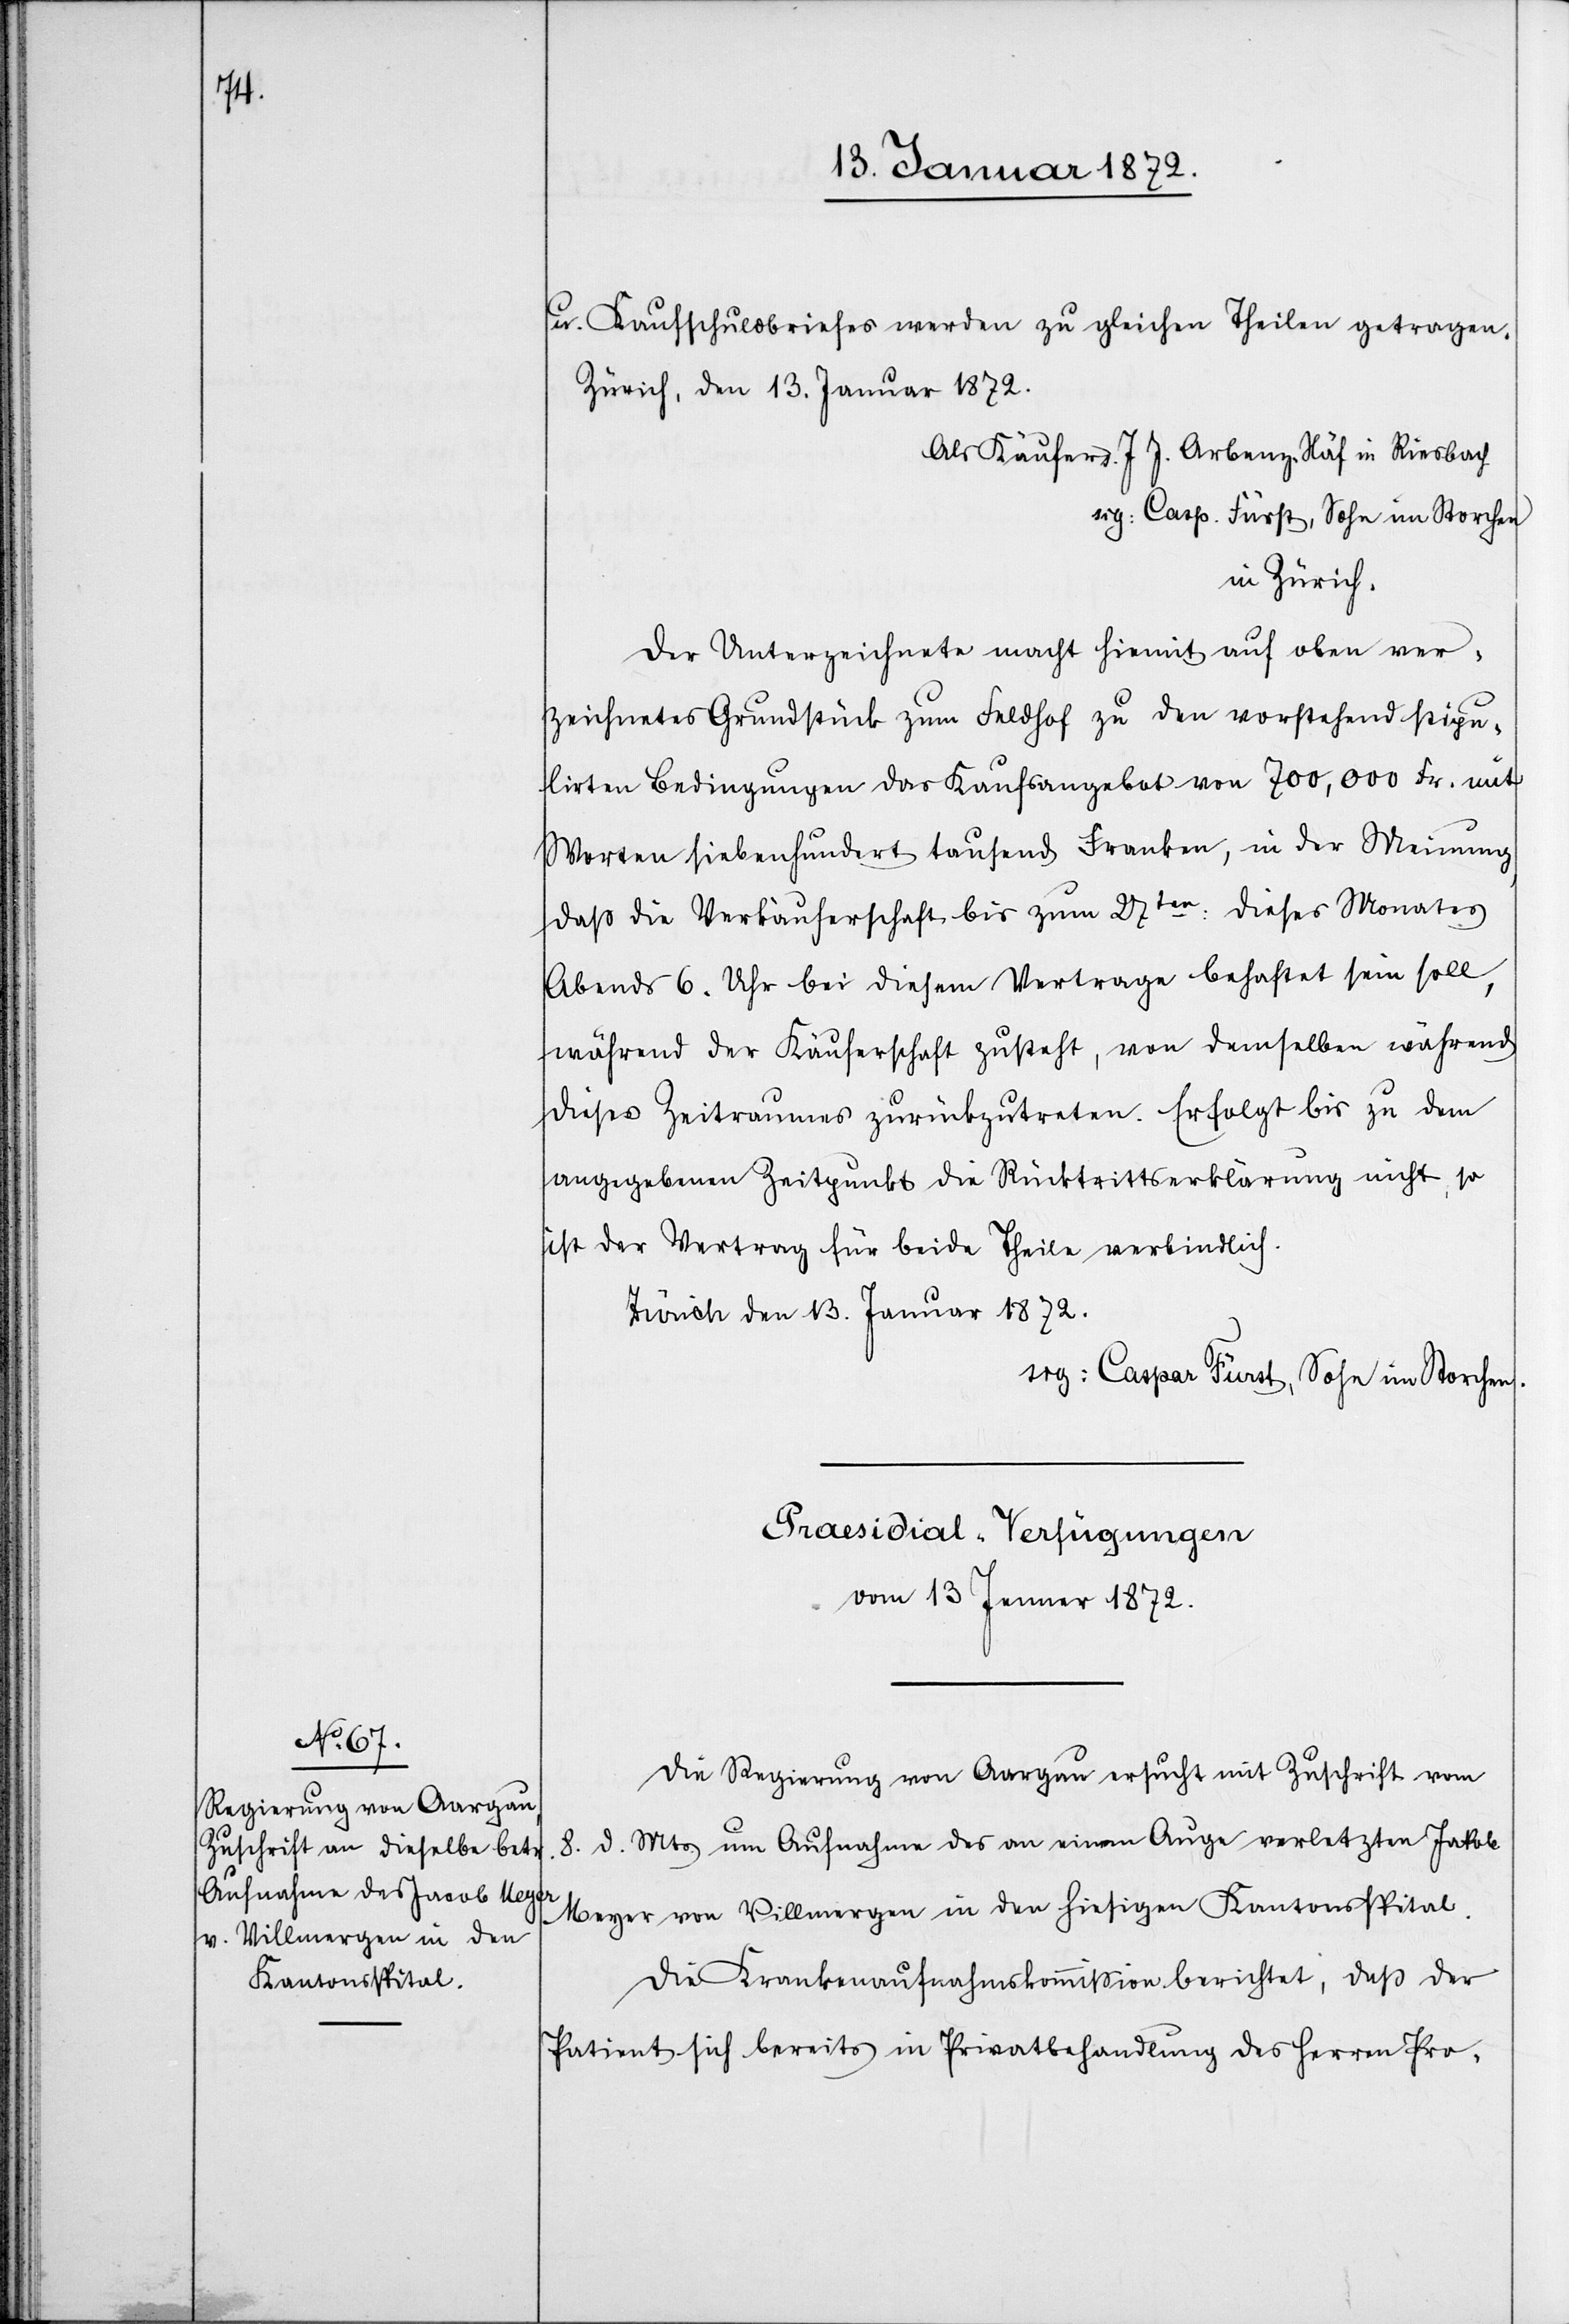
u. Kaufschuldbriefes werden zu gleichen Theilen getragen.
Zürich den 13. Januar 1872.
Als Käufer s. J J. Arbenz-Näf in Riesbach
sig: Caspar Fürst, Sohn im Storchen.
in Zürich.
Der Unterzeichnete macht hiermit auf oben ver¬
zeichnetes Grundstück zum Feldhof zu den vorstehend stipu¬
lirten Bedingungen das Kaufsangebot von 700,000 Fr. mit
Worten siebenhundert tausend Franken, in der Meinung,
daß die Verkäuferschaft bis zum 27ten: dieses Monats
Abends 6. Uhr bei diesem Vertrage behaftet sein soll,
während der Käuferschaft zusteht, von demselben während
dieses Zeitraumes zurückzutreten. Erfolgt bis zu dem
angegebenen Zeitpunkt die Rücktrittserklärung nicht, so
ist der Vertrag für beide Theile verbindlich.
Präsidial-Verfügungen
vom 13 Jenner 1872.
Die Regierung von Aargau ersucht mit Zuschrift vom
8. d. Mts. um Aufnahme des an einem Auge verletzten Jakob
Meyer von Villmergen in den hiesigen Kantonsspital.
Die Krankenaufnahmskommission berichtet, daß der
Patient sich bereits in Privatbehandlung des Herren Pro-